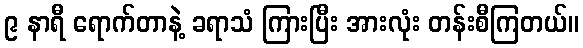
၉ နာရီ ရောက်တာနဲ့ ခရာသံ ကြားပြီး အားလုံး တန်းစီကြတယ်။